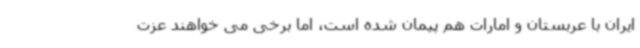
ایران با عربستان و امارات هم پیمان شده است، اما برخی می خواهند عزت